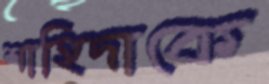
শাহিদাকে